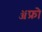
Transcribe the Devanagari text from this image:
ॲफ्रो